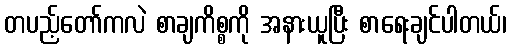
တပည့်တော်ကလဲ စာချကိစ္စကို အနားယူပြီး စာရေးချင်ပါတယ်၊